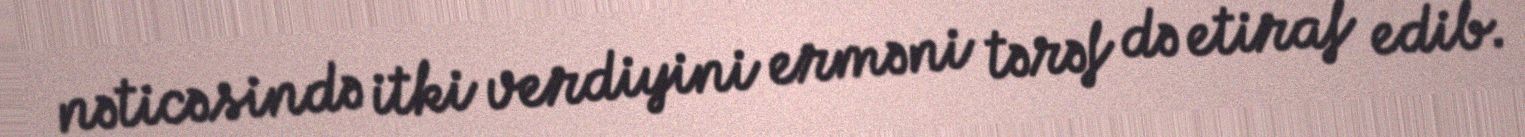
nəticəsində itki verdiyini erməni tərəf də etiraf edib.